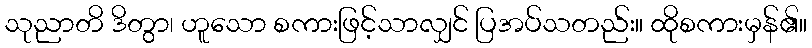
သုညာတိ ဒိတွာ၊ ဟူသော စကားဖြင့်သာလျှင် ပြအပ်သတည်း။ ထိုစကားမှန်၏။